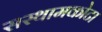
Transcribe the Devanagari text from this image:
सस्थामकोटा